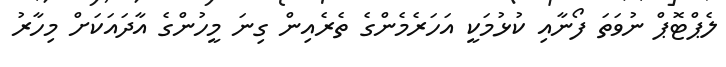
ލެޕްޓޮޕް ނުވަތަ ފޯނާއި ކުޅުމަކީ އަހަރެމެންގެ ތެރެއިން ގިނަ މީހުންގެ އާދައަކަށް މިހާރު